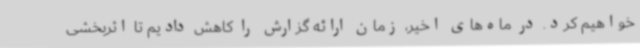
خواهیم کرد. در ماه‌های اخیر، زمان ارائه گزارش را کاهش دادیم تا اثربخشی